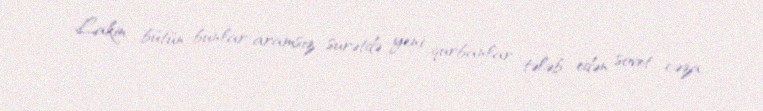
Lakin bütün bunlar aramsız surətdə yeni qurbanlar tələb edən sovet cəza